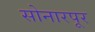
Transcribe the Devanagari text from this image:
सोनारपूर